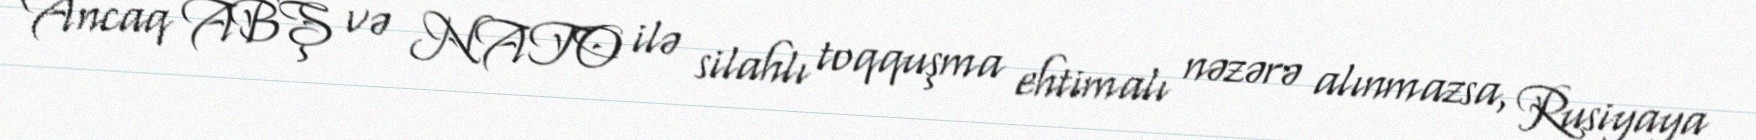
Ancaq ABŞ və NATO ilə silahlı toqquşma ehtimalı nəzərə alınmazsa, Rusiyaya